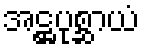
အဋ္ဌပုစ္ဆာယံ